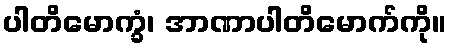
ပါတိမောက္ခံ၊ အာဏာပါတိမောက်ကို။